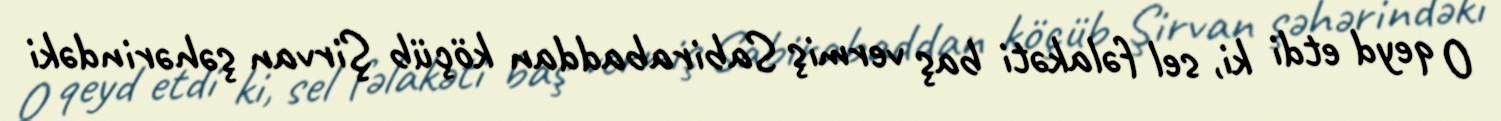
O qeyd etdi ki, sel fəlakəti baş vermiş Sabirabaddan köçüb Şirvan şəhərindəki